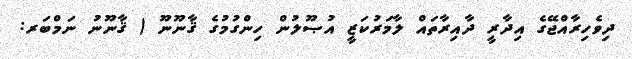
ދިވެހިރާއްޖޭގެ އިދާރީ ދާއިރާތައް ލާމަރުކަޒީ އުޞޫލުން ހިންގުމުގެ ޤާނޫނޫ ( ޤާނޫނު ނަމްބަރ: